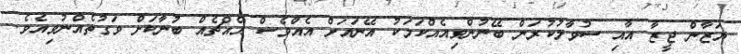
ޔަޒާން ޖީޒާ އާއި ސުވާލުކުރަން ބޭނުންވިއެއްކަމަކު އޭނައަށް އެއްވެސް އެއްޗެއް ބުނާކަށް ވަގުތެއްނުވިއެވެ.